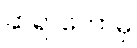
ဆရာတော်မှ